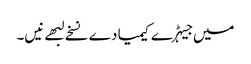
میں جیہڑے کیمیا دے نسخے لبھے نیں۔